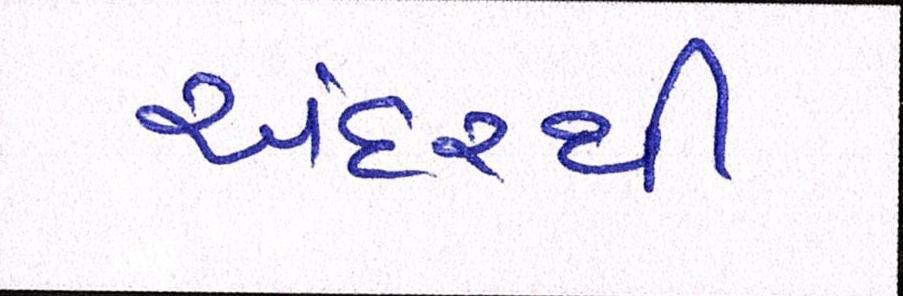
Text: અંદરથી